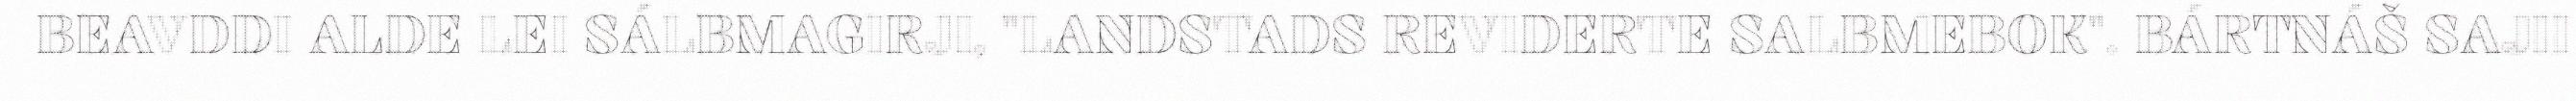
BEAVDDI ALDE LEI SÁLBMAGIRJI, "LANDSTADS REVIDERTE SALBMEBOK". BÁRTNÁŠ SAJII